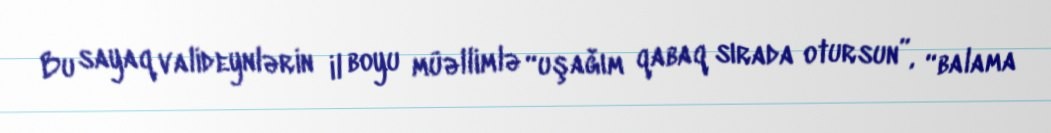
Bu sayaq valideynlərin il boyu müəllimlə “uşağım qabaq sırada otursun”, “balama